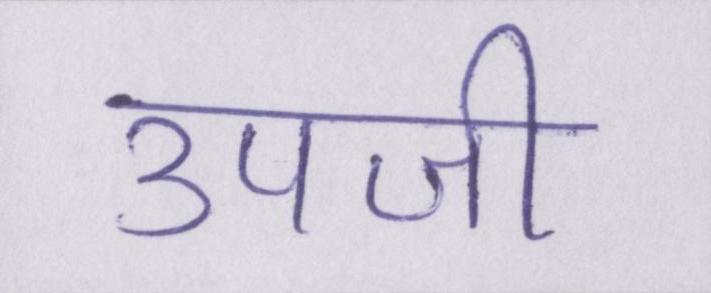
उपजी